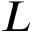
L